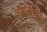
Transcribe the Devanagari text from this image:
तारळेकर